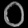
Digit: ၀